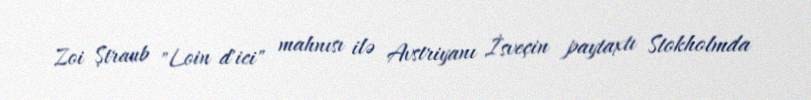
Zoi Ştraub "Loin d'ici" mahnısı ilə Avstriyanı İsveçin paytaxtı Stokholmda